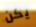
يكن